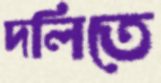
দলিতে